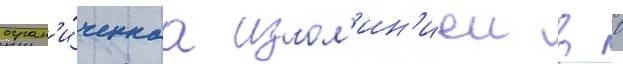
огран'и́ченнаа изол'ин'иеи в 0